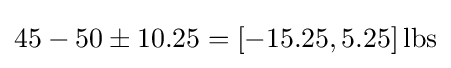
45-50\pm 10.25=[-15.25,5.25]\,{\text{lbs}}